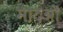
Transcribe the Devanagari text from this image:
मादओं